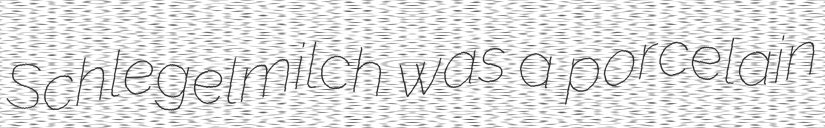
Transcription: Schlegelmilch was a porcelain